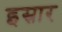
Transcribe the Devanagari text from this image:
इस्रार